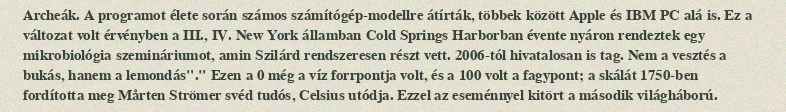
Archeák. A programot élete során számos számítógép-modellre átírták, többek között Apple és IBM PC alá is. Ez a változat volt érvényben a III., IV. New York államban Cold Springs Harborban évente nyáron rendeztek egy mikrobiológia szemináriumot, amin Szilárd rendszeresen részt vett. 2006-tól hivatalosan is tag. Nem a vesztés a bukás, hanem a lemondás"." Ezen a 0 még a víz forrpontja volt, és a 100 volt a fagypont; a skálát 1750-ben fordította meg Mårten Strömer svéd tudós, Celsius utódja. Ezzel az eseménnyel kitört a második világháború.